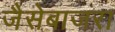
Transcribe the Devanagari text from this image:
जैसेबाजरा